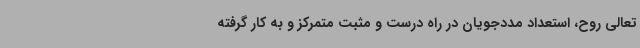
تعالی روح، استعداد مددجویان در راه درست و مثبت متمرکز و به کار گرفته